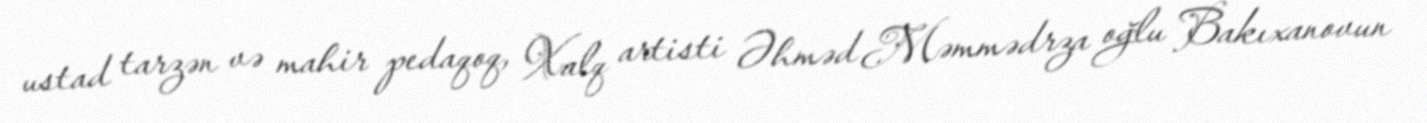
ustad tarzən və mahir pedaqoq, Xalq artisti Əhməd Məmmədrza oğlu Bakıxanovun